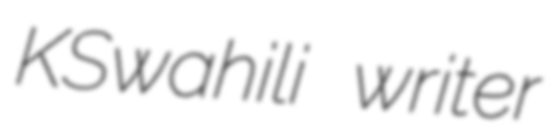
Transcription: KSwahili writer